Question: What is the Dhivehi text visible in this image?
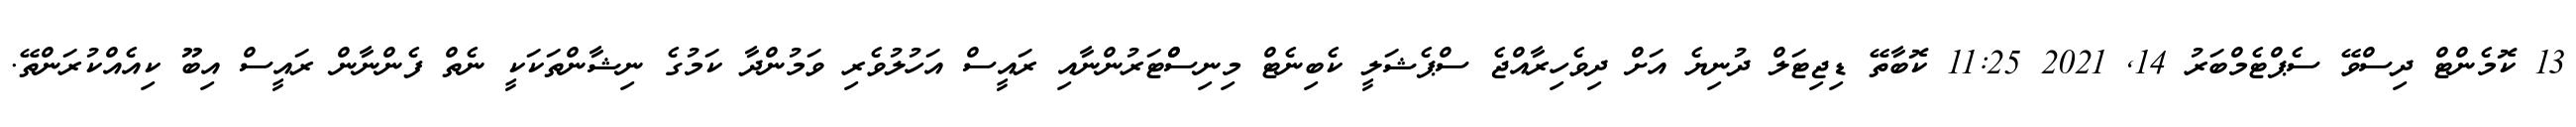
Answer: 13 ކޮމެންޓް ދިސްވޭ ސެޕްޓެމްބަރު 14, 2021 11:25 ކޮބާތޭ ޑިޖިޓަލް ދުނިޔެ އަށް ދިވެހިރާއްޖެ ސްޕެޝަލީ ކެބިނެޓް މިނިސްްޓަރުންނާއި ރައީސް އަހުލުވެރި ވަމުންދާ ކަމުގެ ނިޝާންތަކަކީ ނެތް ފެންނާން ރައީސް އިބޫ ކިއެއްކުރަންތޭ.